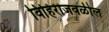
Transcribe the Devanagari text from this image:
विहिरीजवळील